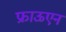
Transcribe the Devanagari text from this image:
फ्राऊएन